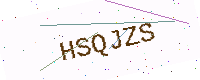
Text: HSQJZS